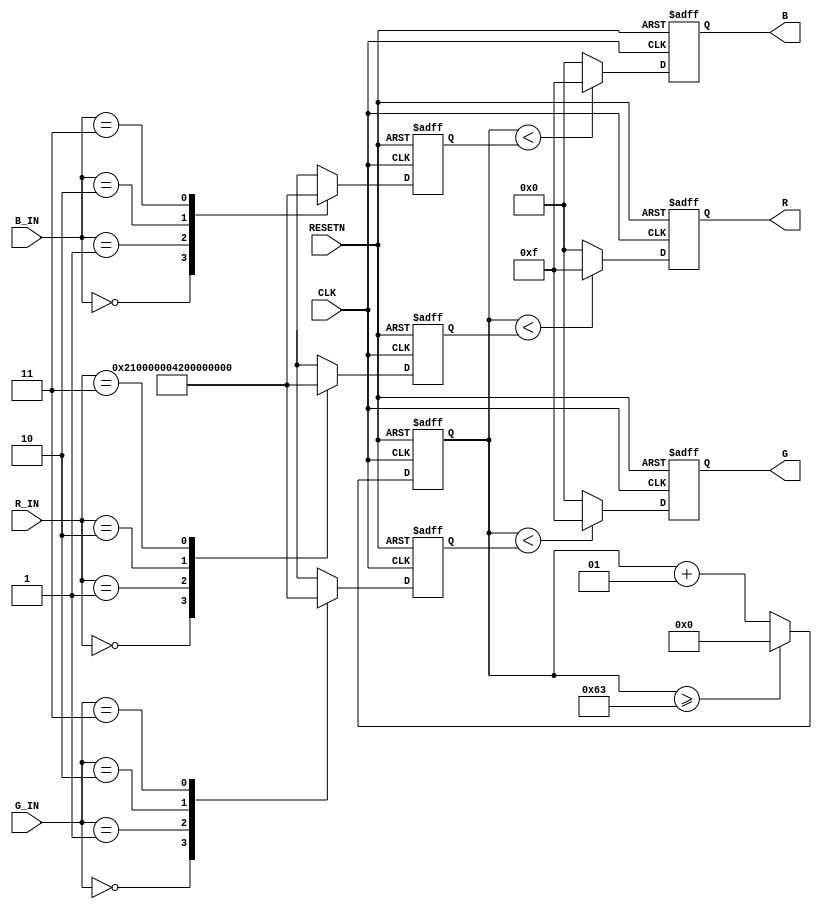
   module HB_FULL_LED (RESETN, CLK, R_IN, G_IN, B_IN, R,G,B);

    input RESETN,CLK;
    input [1:0] R_IN,G_IN,B_IN;
    output [3:0] R,G,B;

    integer CNT;
    integer R_REG, G_REG, B_REG;

    reg[3:0] R, G, B;

always @ (posedge RESETN or posedge CLK) begin
if(RESETN)
R_REG=0;
else
case(R_IN)
2'b00 : R_REG = 0;
2'b01 : R_REG = 33;
2'b10 : R_REG = 66;
2'b11 : R_REG = 100;
endcase
end

always @ (posedge RESETN or posedge CLK) begin
if(RESETN)
G_REG=0;
else
case(G_IN)
2'b00 : G_REG = 0;
2'b01 : G_REG = 33;
2'b10 : G_REG = 66;
2'b11 : G_REG = 100;
endcase
end

always @ (posedge RESETN or posedge CLK) begin
if(RESETN)
B_REG=0;
else
case(B_IN)
2'b00 : B_REG = 0;
2'b01 : B_REG = 33;
2'b10 : B_REG = 66;
2'b11 : B_REG = 100;
endcase
end


always @(posedge RESETN or posedge CLK) begin
   if (RESETN)
      CNT = 0;
   else
      if (CNT>=99) CNT = 0;
      else CNT = CNT + 1;
   end

    always @(posedge RESETN or posedge CLK) begin
        if(RESETN) R = 4'b0000;
        else if (CNT < R_REG) R = 4'b1111;
        else R = 4'b0000;
    end

    always @(posedge RESETN or posedge CLK) begin
        if(RESETN) G = 4'b0000;
        else if (CNT < G_REG) G = 4'b1111;
        else G = 4'b0000;
    end

    always @(posedge RESETN or posedge CLK) begin
        if(RESETN) B = 4'b0000;
        else if (CNT < B_REG) B = 4'b1111;
        else B = 4'b0000;
    end

endmodule